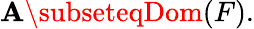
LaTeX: \mathbf{A}\subseteqDom(F).